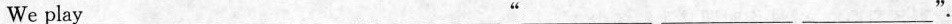
We play___ ___ ___ “___ ___ ___ ”.